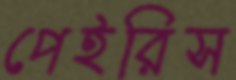
পেইরিস